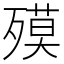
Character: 𣩎